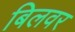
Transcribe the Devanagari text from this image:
बिलवर